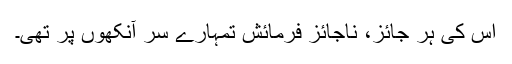
اُس کی ہر جائز، ناجائز فرمائش تمہارے سر آنکھوں پر تھی۔